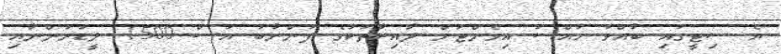
އެ ސިޓީގައި ބާއްވާ ޚާއްސަ އިވެންޓަށް ދާއިރާތަކުގެ ފުންނާބު އުސް 1500 ލީޑަރުންނާއި